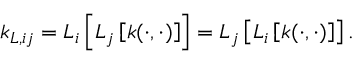
\begin{array} { r } { k _ { L , i j } = L _ { i } \left[ L _ { j } \left[ k ( \cdot , \cdot ) \right] \right] = L _ { j } \left[ L _ { i } \left[ k ( \cdot , \cdot ) \right] \right] . } \end{array}